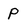
Character: P